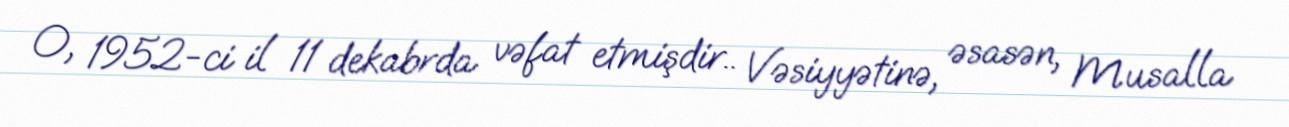
O, 1952-ci il 11 dekabrda vəfat etmişdir.. Vəsiyyətinə, əsasən, Musalla